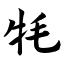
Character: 牦